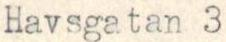
Havsgatan 3